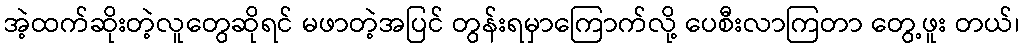
အဲ့ထက်ဆိုးတဲ့လူတွေဆိုရင် မဖာတဲ့အပြင် တွန်းရမှာကြောက်လို့ ပေစီးလာကြတာ တွေ့ဖူး တယ်၊